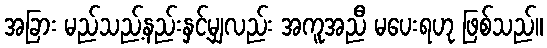
အခြား မည်သည့်နည်းနှင့်မျှလည်း အကူအညီ မပေးရဟု ဖြစ်သည်။